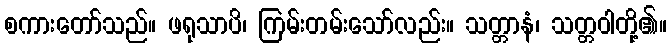
စကားတော်သည်။ ဖရုသာပိ၊ ကြမ်းတမ်းသော်လည်း။ သတ္တာနံ၊ သတ္တဝါတို့၏။